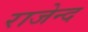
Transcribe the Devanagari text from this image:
राजेन्द